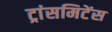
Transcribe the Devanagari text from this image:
ट्रांसमिटेंस